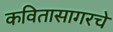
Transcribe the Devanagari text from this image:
कवितासागरचे